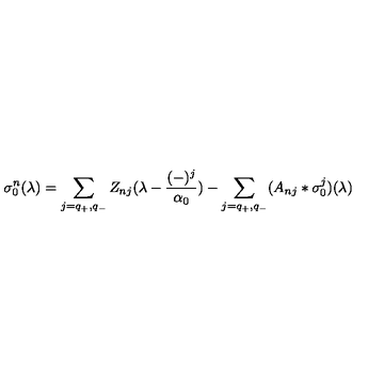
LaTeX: \sigma _ { 0 } ^ { n } ( \lambda ) = \sum _ { j = q _ { + } , q _ { - } } Z _ { n j } ( \lambda - { \frac { ( - ) ^ { j } } { \alpha _ { 0 } } } ) - \sum _ { j = q _ { + } , q _ { - } } ( A _ { n j } * \sigma _ { 0 } ^ { j } ) ( \lambda )